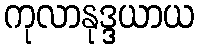
ကုလာနုဒ္ဒယာယ